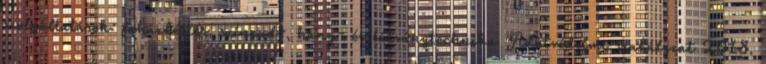
szolgáltatások: faházbérlés, színpad-, hang- és látványtechnika Adatvédelmi szabályzat 2018.